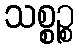
သစ္စဉ္စ